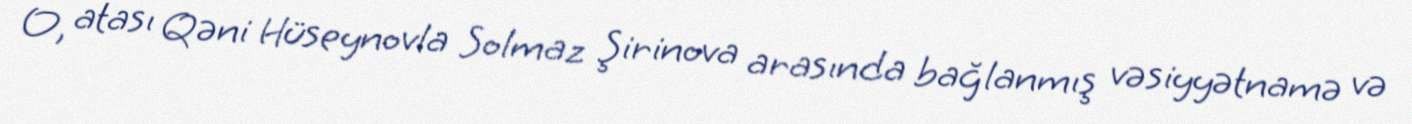
O, atası Qəni Hüseynovla Solmaz Şirinova arasında bağlanmış vəsiyyətnamə və